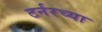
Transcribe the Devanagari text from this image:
टर्नरच्या